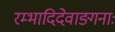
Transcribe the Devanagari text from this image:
रम्भादिदेवाङ्गनाः